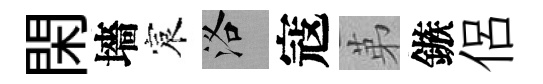
閑墻宸洛寇苐鏃侶